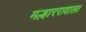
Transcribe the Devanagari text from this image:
मल्हाररावाला